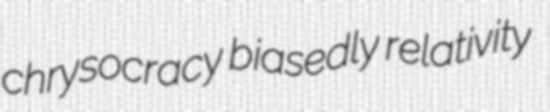
chrysocracy biasedly relativity